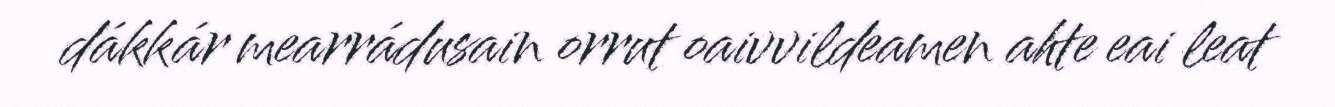
dákkár mearrádusain orrut oaivvildeamen ahte eai leat